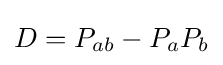
D=P_{ab}-P_{a}P_{b}